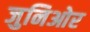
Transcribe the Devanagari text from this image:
जुनिओर